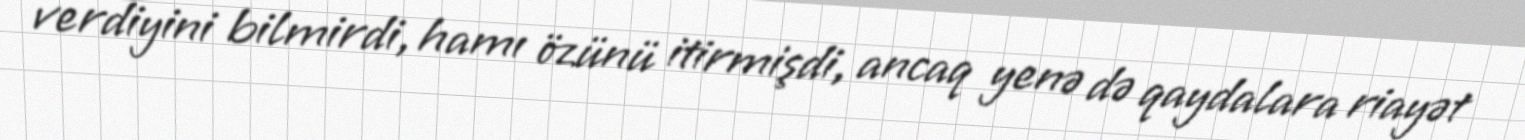
verdiyini bilmirdi, hamı özünü itirmişdi, ancaq yenə də qaydalara riayət